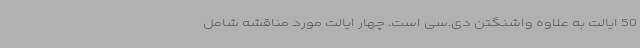
50 ایالت به علاوه واشنگتن دی.سی است. چهار ایالت مورد مناقشه شامل